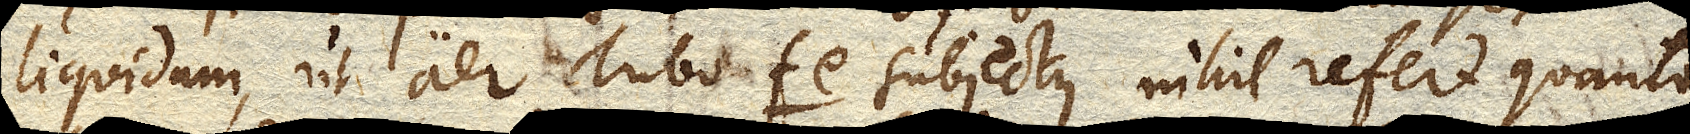
liquidum, ut aer Tubo fe subjectus nihil refert quanta